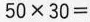
$$5 0 \times 3 0 =$$